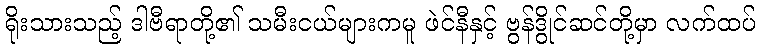
ရိုးသားသည့် ဒါဗီရာတို့၏ သမီးငယ်များကမူ ဖဲင်နီနှင့် ဗွန်ဒွိုင်ဆင်တို့မှာ လက်ထပ်